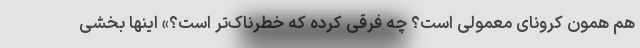
هم همون کرونای معمولی است؟ چه فرقی کرده که خطرناک‌تر است؟» اینها بخشی